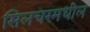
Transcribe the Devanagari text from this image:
सिलचरमधील